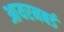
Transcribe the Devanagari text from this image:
आयरनबर्ड